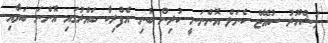
މަޝްހޫރު ސުއޭޒް ކެނަލް އޮންނަނީ ކުރިން ބުނި އެފްރިކާ ބައްރުގައި އޮންނަ ބަޔާއި